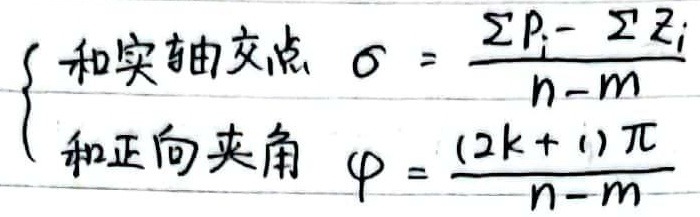
和实轴交点：
\[
\sigma = \frac{\sum P_{i}-\sum Z_{i}}{n - m}
\]
和正向夹角：
\[
\varphi = \frac{(2k + 1)\pi}{n - m}
\]